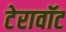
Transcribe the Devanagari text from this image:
टेरावॉट